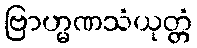
ဗြာဟ္မဏသံယုတ္တံ